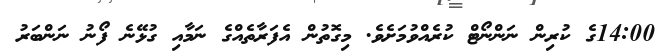
14:00ގެ ކުރިން ނަންނޯޓް ކުރެއްވުމަށެވެ. މިގޮތުން އެފަރާތެއްގެ ނަމާއި ގުޅޭނެ ފޯނު ނަންބަރު